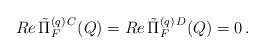
\begin{align*}Re \, \tilde{\Pi}_F^{(q) \, C} (Q) = Re \, \tilde{\Pi}_F^{(q) \, D} (Q) = 0 \, .\end{align*}